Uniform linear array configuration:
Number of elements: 16
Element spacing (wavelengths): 0.5
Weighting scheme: cosine
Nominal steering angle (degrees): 30
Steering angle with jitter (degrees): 31.955
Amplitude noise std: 0.05
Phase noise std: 0.05

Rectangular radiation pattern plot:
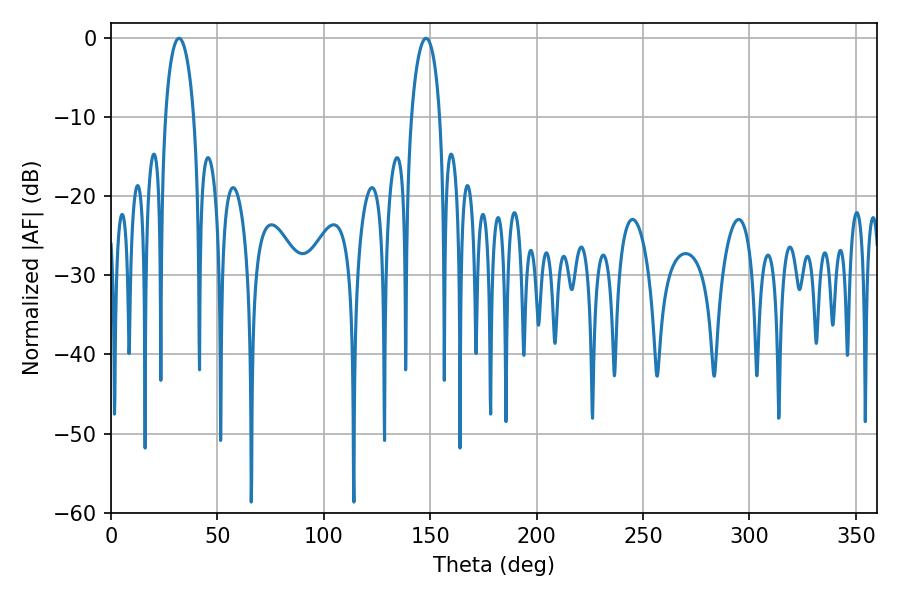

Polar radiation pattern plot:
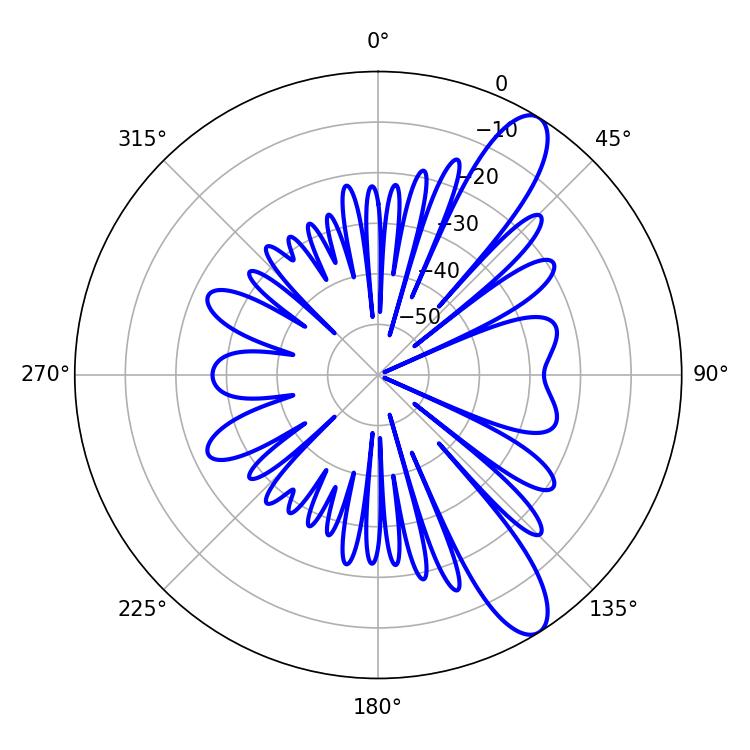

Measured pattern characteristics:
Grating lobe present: FALSE
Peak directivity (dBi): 11.075
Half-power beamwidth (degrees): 7.56
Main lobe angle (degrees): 32.04